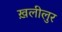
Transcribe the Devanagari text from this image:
ख़लीलुर